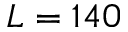
L = 1 4 0